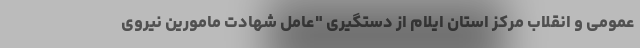
عمومی و انقلاب مرکز استان ایلام از دستگیری "عامل شهادت مامورین نیروی